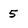
Character: 5